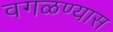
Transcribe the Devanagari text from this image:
वगळण्यास